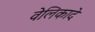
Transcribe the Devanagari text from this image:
वेलिकादे